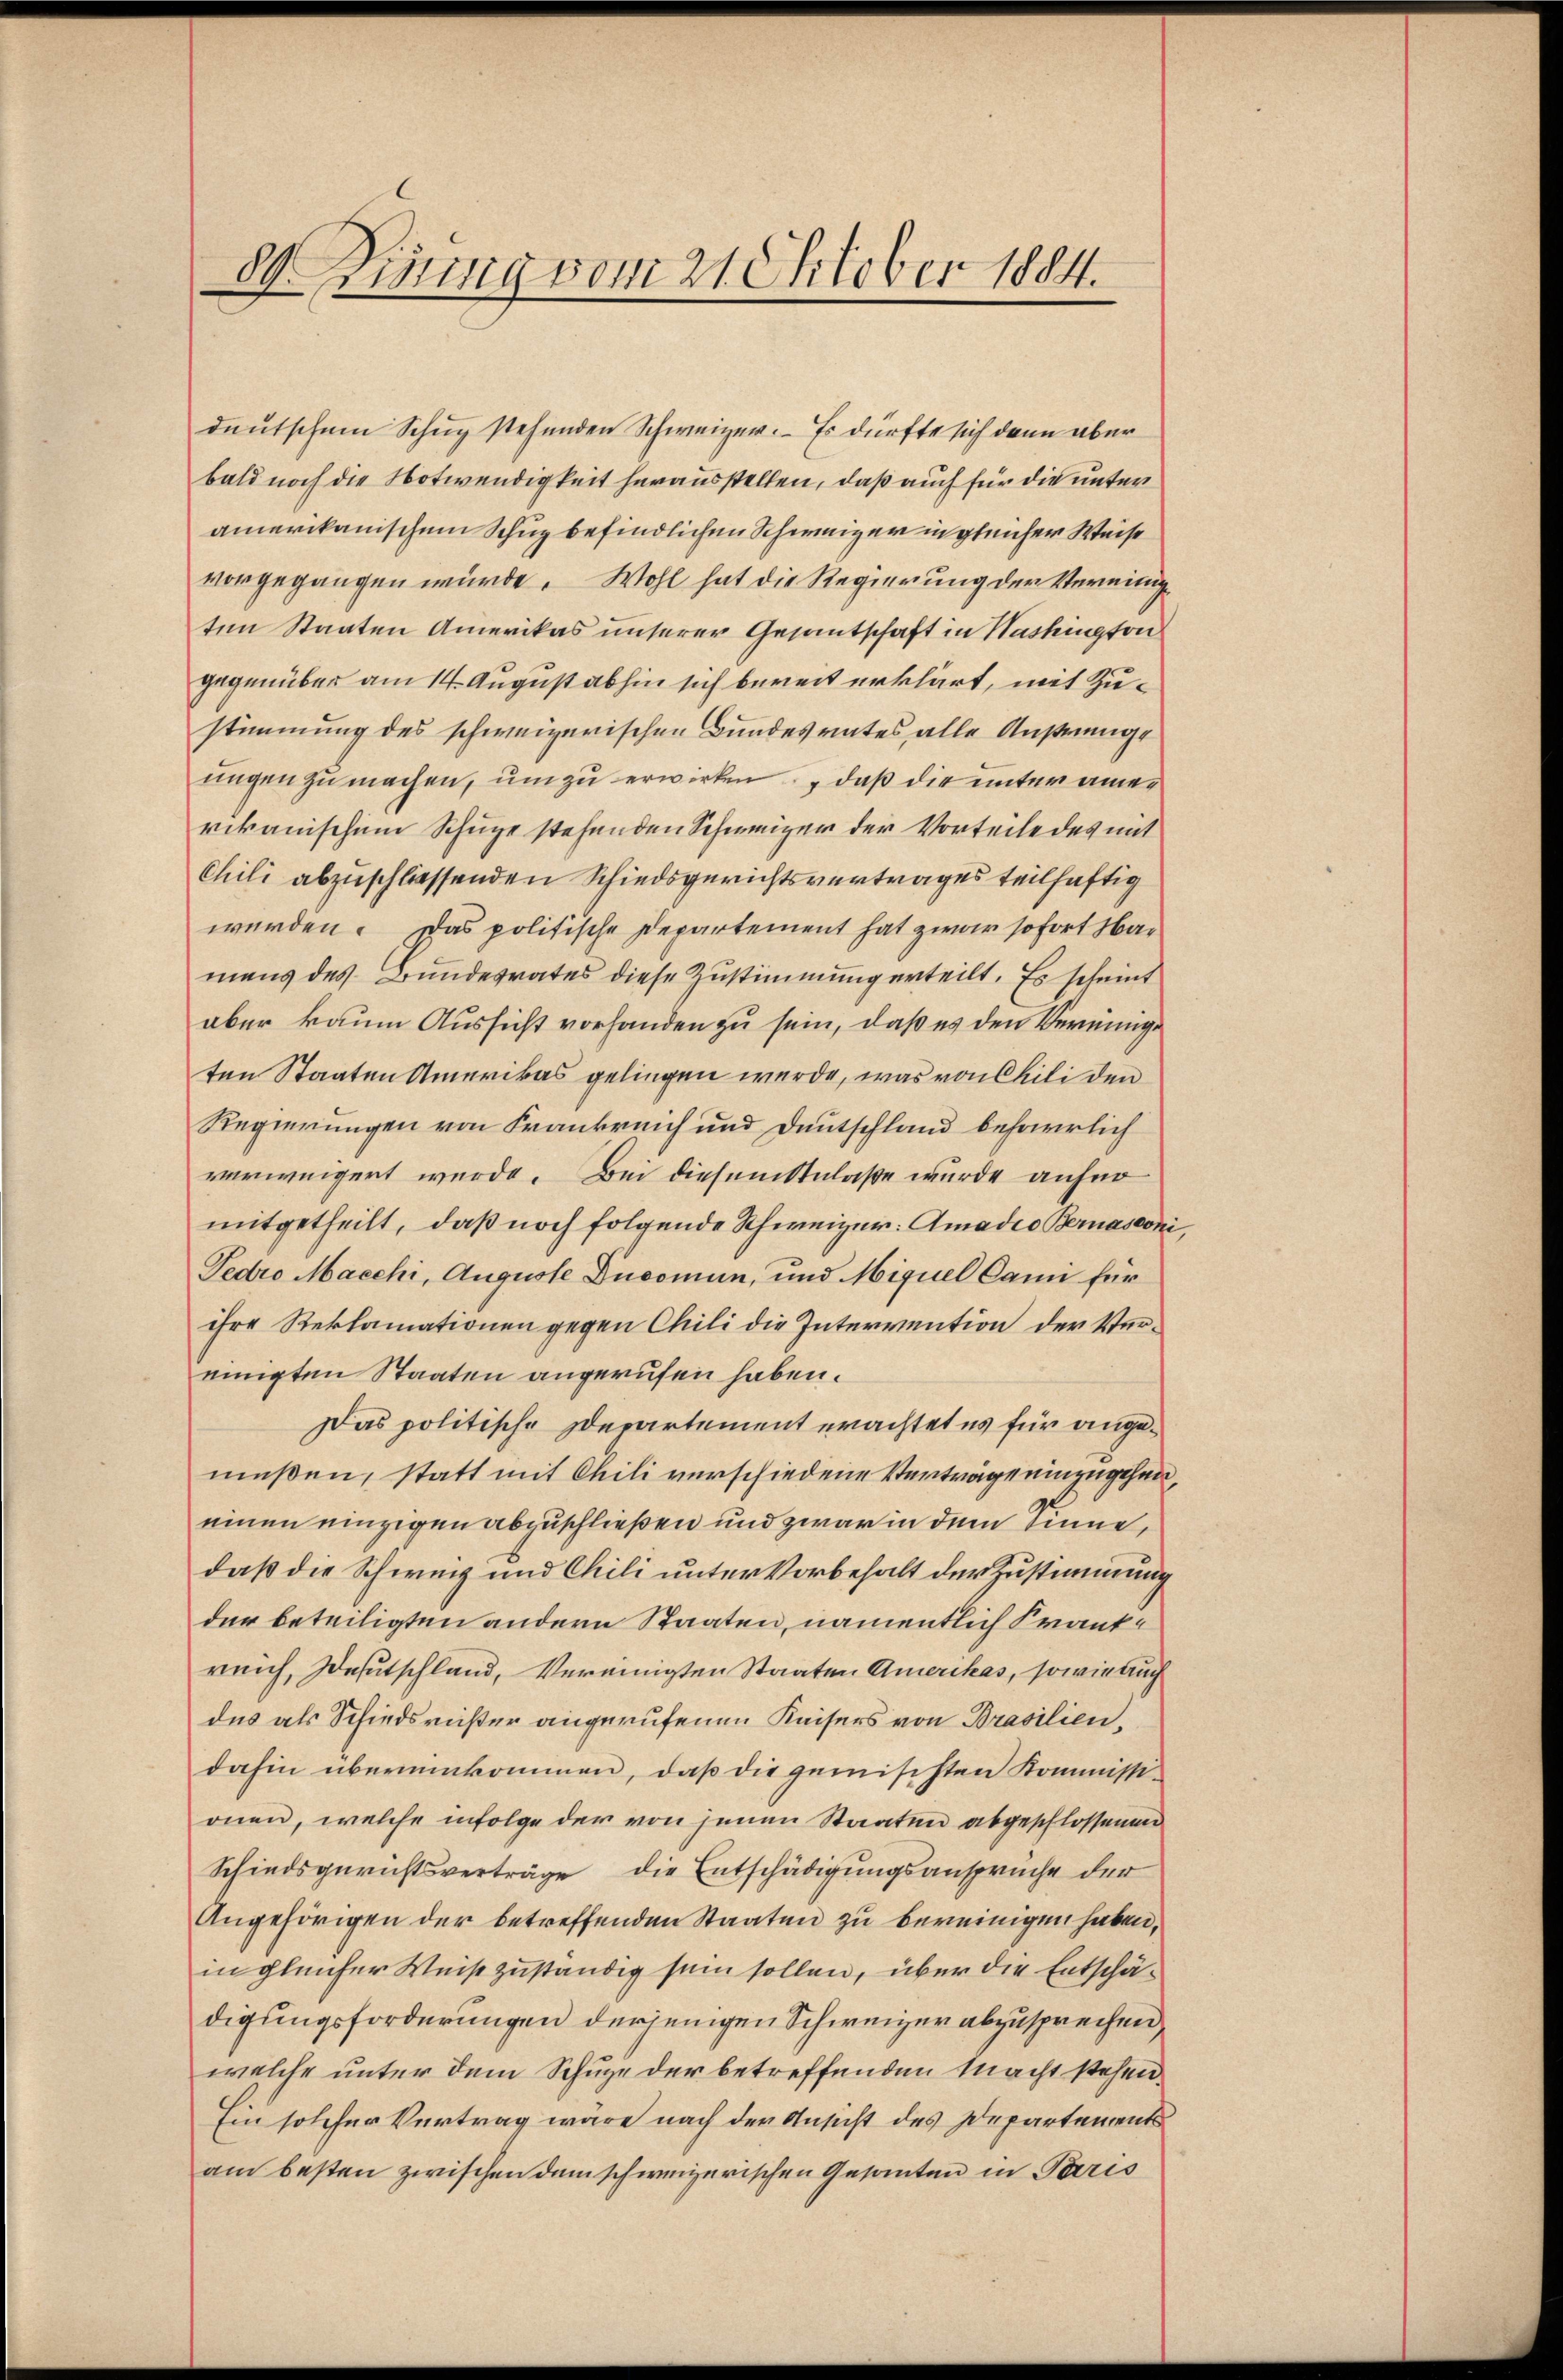
8Dirung vom 21. Oktober 1884.

deutschem Schug stehenden Schweizer. Es dürfte sich dann aber
bald noch die Notwendigkeit herausstellen, daß auch für die unter
amerikanischem Schuz befindlichen Schweizer in gleicher Weise
vorgegangen würde. Wohl hat die Regierung der Vereinigten Staaten Amerikas unserer Gesantschaft in Washington
gegenüber am 14. August abhin sich bereit erklärt, mit Zustimmung des schweizerischen Bundesrates alle Anstrenge
ungen zu machen, um zu erwirken, daß die unter aner
rikanischen Schupe stehenden Schweizer der Vorteile des mit
Chili abzuschliessenden Schiedsgerichtsvertrages teilhaftig
werden. Das politische Departement hat zwar sofort Mar
mans des Bundesrates diese Zustimmung erteilt. Es scheint
aber kaum Aussicht vorhanden zu sein, daß es den Vernunge
ten Staaten Amerikas gelingen werde, was von Chili den
Regierungen von Frankreich und Deutschland beharrlich
verweigert wurde. Bei diesem Anlaße wurde anfer
mitgetheilt, daß noch folgende Schweizer: Amadio Bernasconi,
Fedro Macchi, Auguste Ducomun, und Miguel Dann für
ihre Reklamationen gegen Chili die Intervention der Vereinigten Staaten angerufen haben.
Das politische Departement erachtet es für angemüßen, statt mit Chili verschiedene Verträge einzugehen,
einen einzigen abzuschließen und zwar in dem Sinne,
daß die Schweiz und Chili unter Vorbehalt der Zustimmung
der beteiligten andern Staaten, namentlich Frantreich, Deutschland, Vereinigten Staaten Amerikas, sowie auch
des als Schiedsrister angerufenen Kaisers von Brasilien,
dahin übereinkommen, daß die gemischten Kommissionen, welche infolge der von jenen Staaten abgeschlossenen
Schiedsgerichtsverträge die Entschädigungsanspruche der
Angehörigen der betreffenden Staaten zu bereinigen haben,
in gleicher Weise zuständig sein sollen, über die Entschädigungsforderungen derjenigen Schweizer abzusprechen,
welche unter dem Schuze der betreffenden Macht stehen.
Ein solcher Vertrag wäre nach der Ansicht des Departements
am besten zwischen dem schweizerischen Gesanten in Paris